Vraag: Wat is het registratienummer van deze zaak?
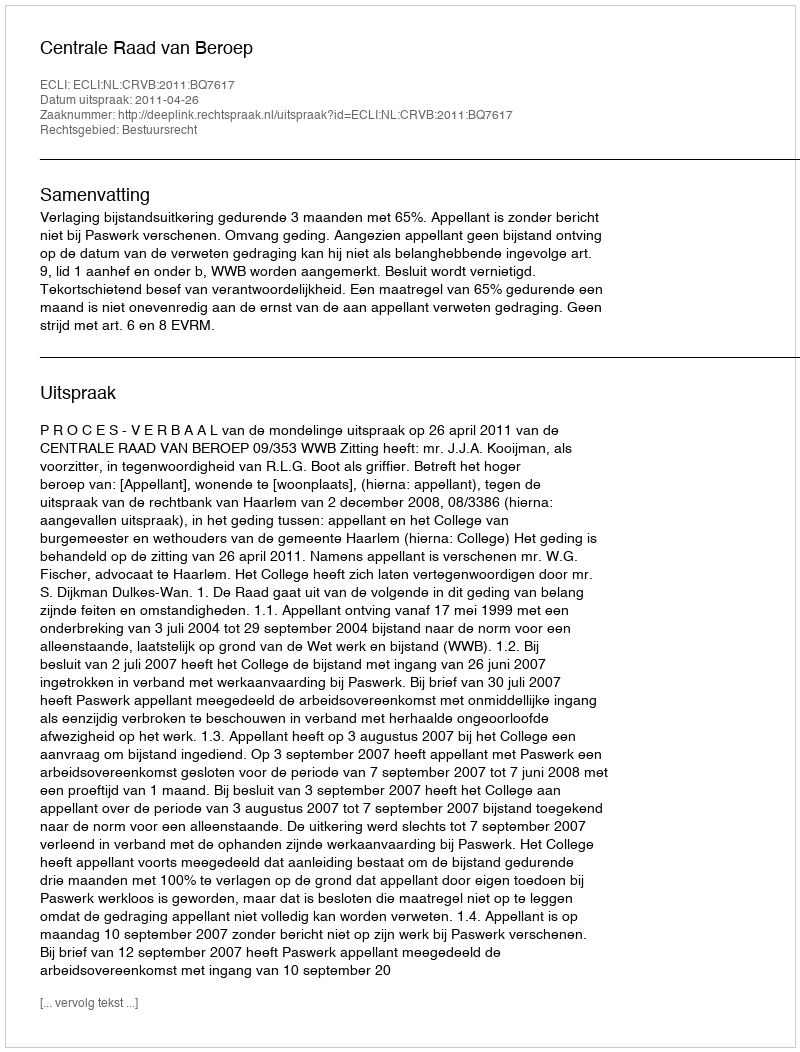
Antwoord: http://deeplink.rechtspraak.nl/uitspraak?id=ECLI:NL:CRVB:2011:BQ7617